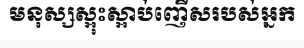
មនុស្សស្អុះស្អាប់ញើសរបស់អ្នក